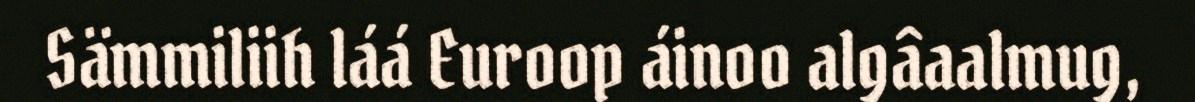
Sämmiliih láá Euroop áinoo algâaalmug,